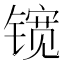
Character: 𮸠